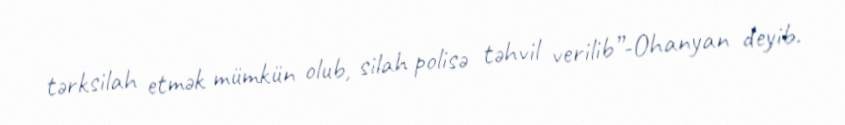
tərksilah etmək mümkün olub, silah polisə təhvil verilib”-Ohanyan deyib.